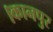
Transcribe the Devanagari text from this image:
।कानपुर